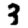
Digit: 3